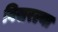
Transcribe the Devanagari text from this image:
विसरल्या